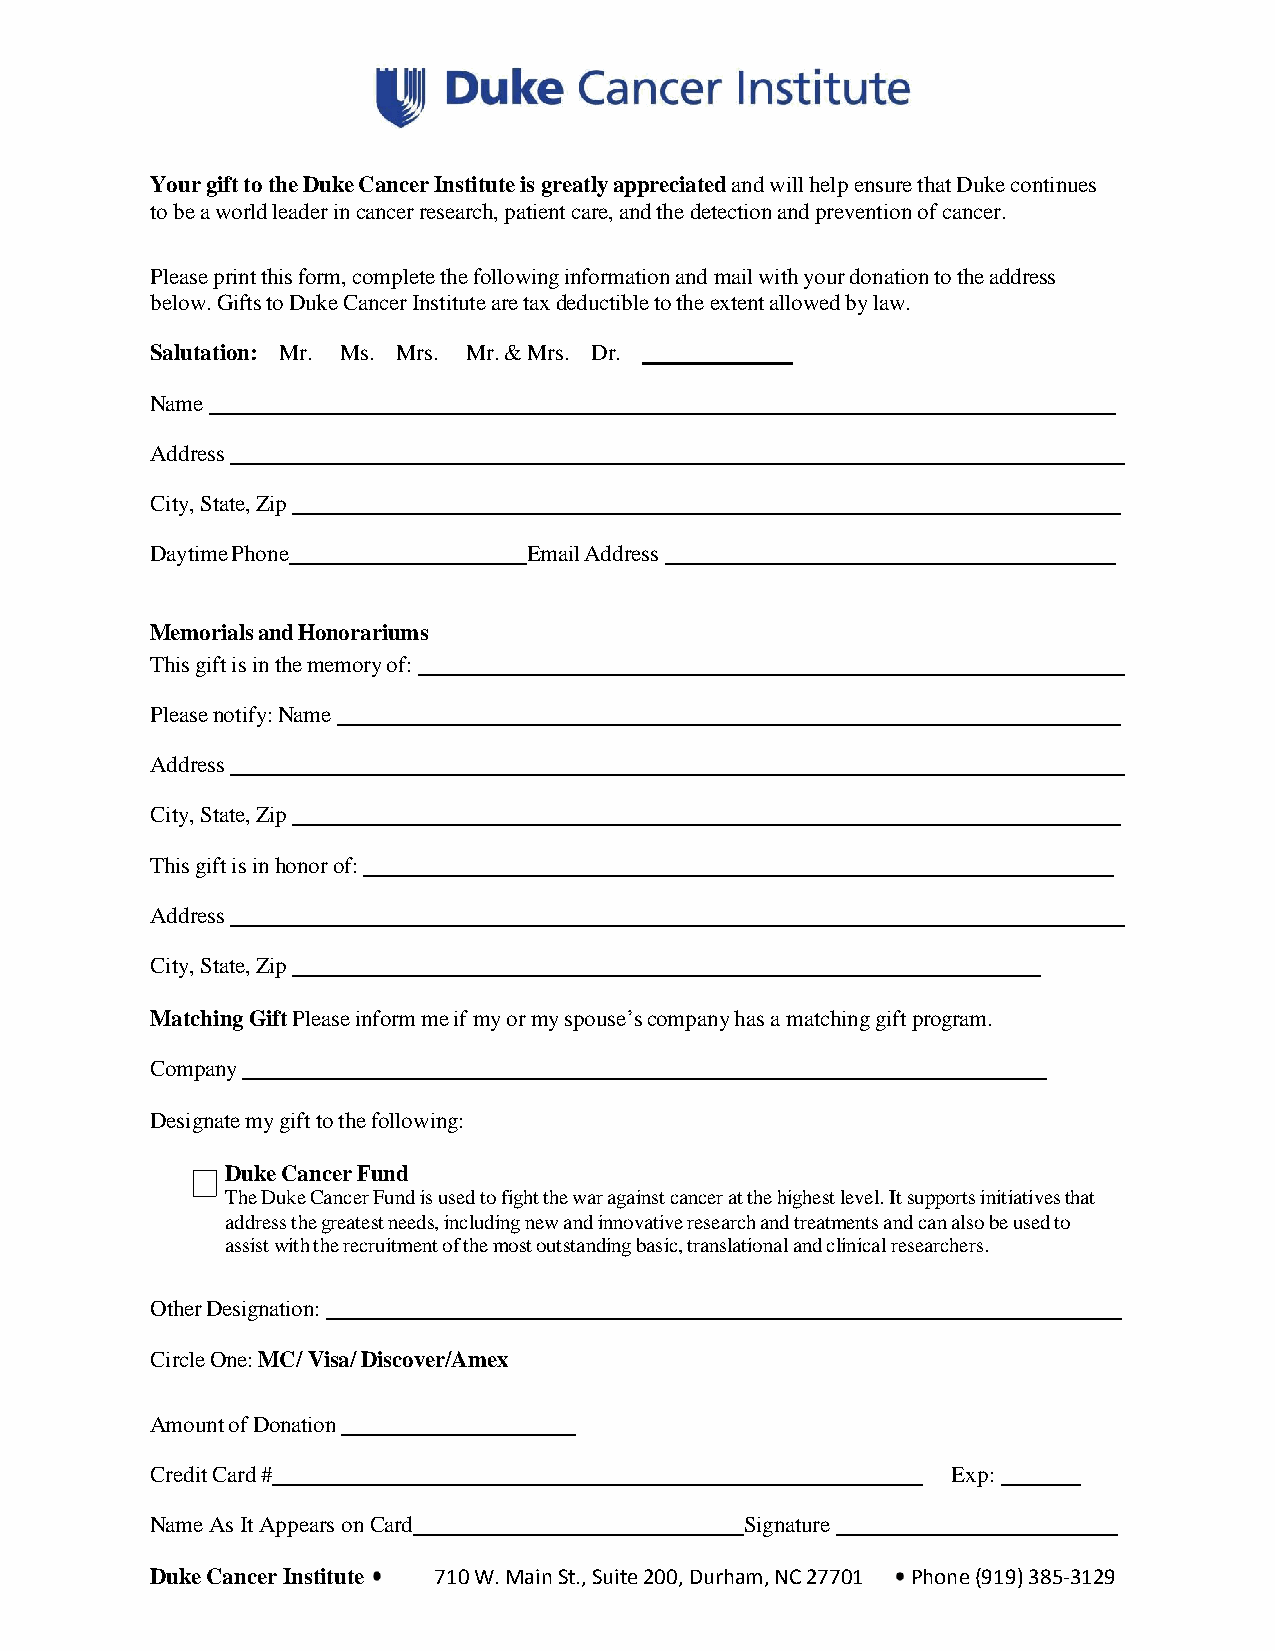
Your gift to the Duke Cancer Institute is greatly appreciated and will help ensure that Duke continues
 to be a world leader in cancer research, patient care, and the detection and prevention of cancer.
 Please print this form, complete the following information and mail with your donation to the address
 below. Gifts to Duke Cancer Institute are tax deductible to the extent allowed by law.
 Salutation: ⁯Mr. ⁯ Ms. ⁭Mrs. ⁭ Mr. & Mrs. ⁭Dr. ⁭
 Name
 Address
 City, State, Zip
 Daytime Phone            Email Address
 Memorials and Honorariums
 This gift is in the memory of:
 Please notify: Name
 Address
 City, State, Zip
 This gift is in honor of:
 Address
 City, State, Zip
 Matching Gift Please inform me if my or my spouse’s company has a matching gift program.
 Company
 Designate my gift to the following:
 Duke Cancer Fund
 The Duke Cancer Fund is used to fight the war against cancer at the highest level. It supports initiatives that
 address the greatest needs, including new and innovative research and treatments and can also be used to
 assist with the recruitment of the most outstanding basic, translational and clinical researchers.
 Other Designation:
 Circle One: MC/ Visa/ Discover/Amex
 Amount of Donation
 Credit Card #                                        Exp:
 Name As It Appears on Card             Signature
 Duke Cancer Institute 710 W. Main St., Suite 200, Durham, NC 27701 Phone (919) 385-3129